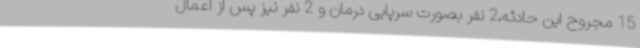
15 مجروح این حادثه،2 نفر بصورت سرپایی درمان و 2 نفر نیز پس از اعمال